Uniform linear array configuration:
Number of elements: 4
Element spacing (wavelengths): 0.75
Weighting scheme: blackman
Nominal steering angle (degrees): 15
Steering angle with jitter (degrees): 14.781
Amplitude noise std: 0.05
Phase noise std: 0.05

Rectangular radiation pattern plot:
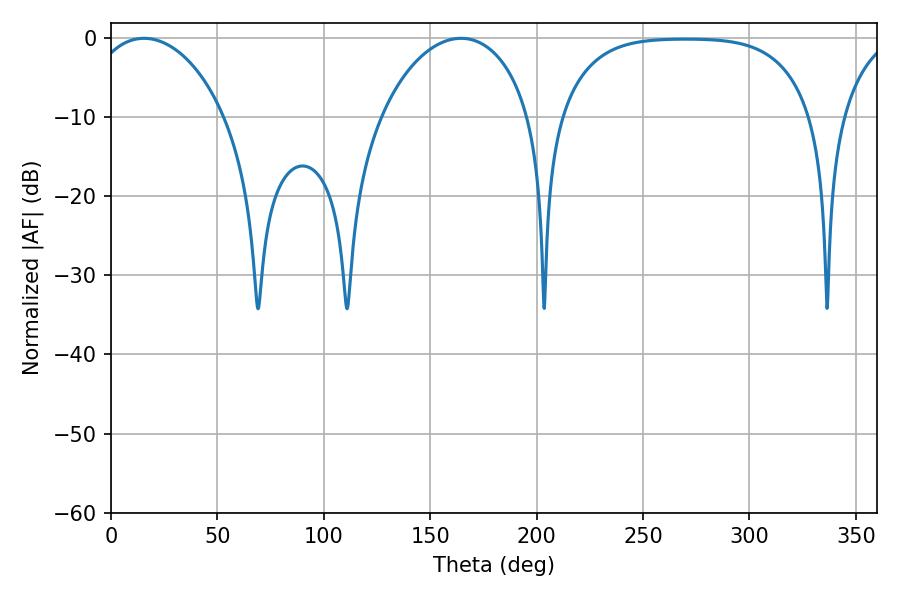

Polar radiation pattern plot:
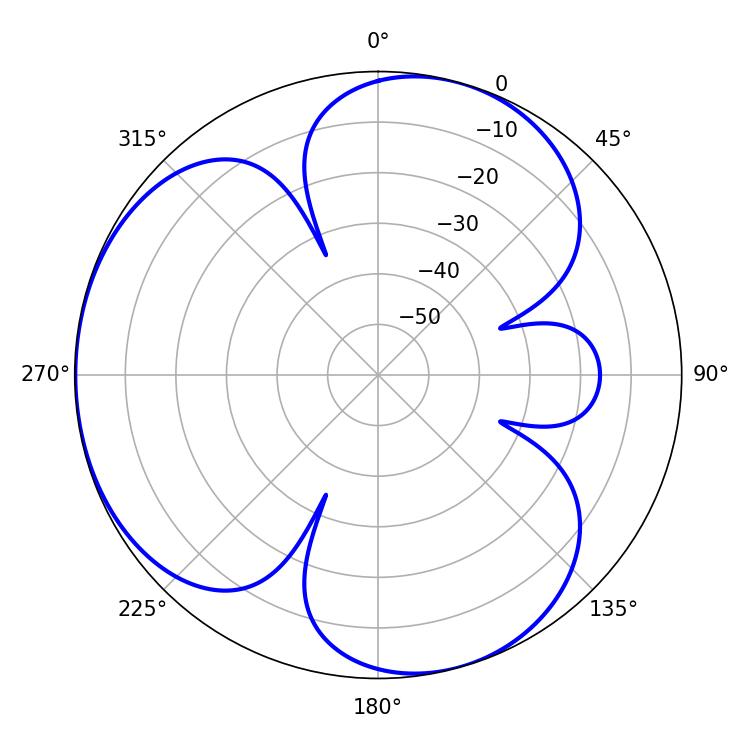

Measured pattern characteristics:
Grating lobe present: TRUE
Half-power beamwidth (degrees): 36.9
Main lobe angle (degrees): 15.48